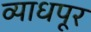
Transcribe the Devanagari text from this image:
व्याधपूर